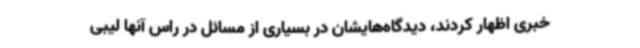
خبری اظهار کردند، دیدگاه‌هایشان در بسیاری از مسائل در راس آنها لیبی